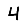
Digit: 4